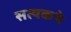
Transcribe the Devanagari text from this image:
सत्यकथे